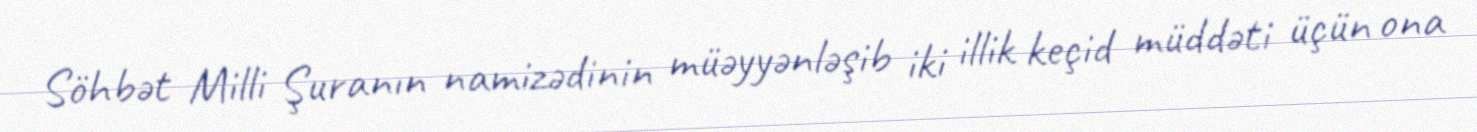
Söhbət Milli Şuranın namizədinin müəyyənləşib iki illik keçid müddəti üçün ona